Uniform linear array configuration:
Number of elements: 16
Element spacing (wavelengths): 0.25
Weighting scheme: cosine
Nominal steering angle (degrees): -45
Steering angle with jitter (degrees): -45.979
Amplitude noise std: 0.05
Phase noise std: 0.05

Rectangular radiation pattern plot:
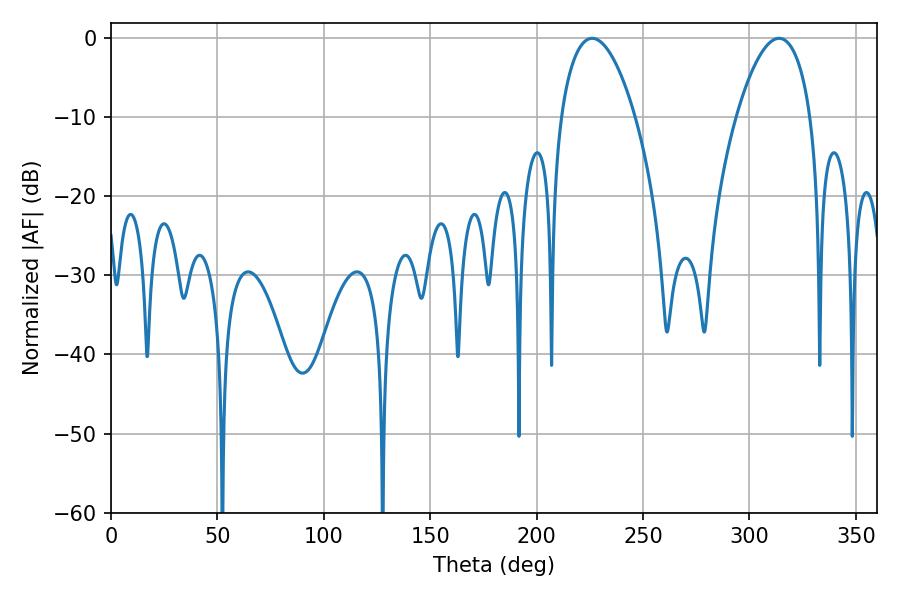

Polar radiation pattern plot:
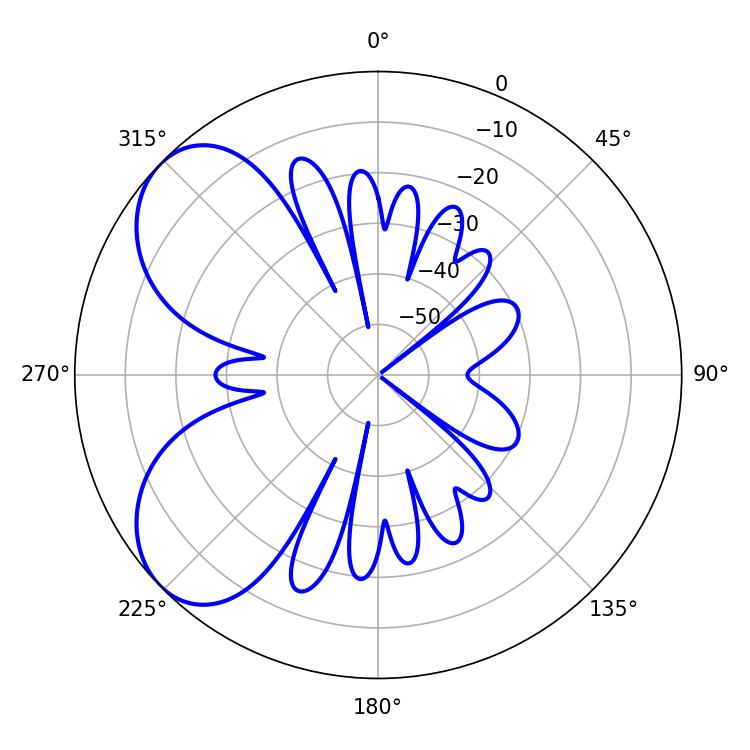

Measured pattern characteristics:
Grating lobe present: FALSE
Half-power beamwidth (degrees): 19.44
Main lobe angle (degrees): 226.08